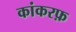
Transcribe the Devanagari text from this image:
कांकरफ़